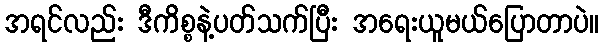
အရင်လည်း ဒီကိစ္စနဲ့ပတ်သက်ပြီး အရေးယူမယ်ပြောတာပဲ။